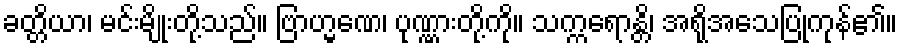
ခတ္တိယာ၊ မင်းမျိုးတို့သည်။ ဗြာဟ္မဏေ၊ ပုဏ္ဏားတို့ကို။ သက္ကရောန္တိ၊ အရိုအသေပြုကုန်၏။